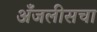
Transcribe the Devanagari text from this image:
अँजलीसचा